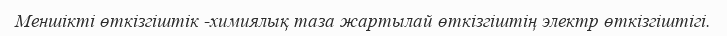
Меншікті өткізгіштік -химиялық таза жартылай өткізгіштің электр өткізгіштігі.